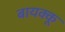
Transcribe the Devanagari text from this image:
बायक्कू